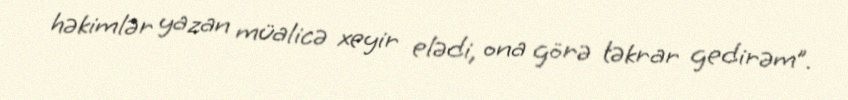
həkimlər yazan müalicə xeyir elədi, ona görə təkrar gedirəm”.